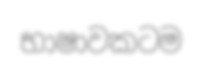
භාෂාවකටම